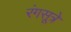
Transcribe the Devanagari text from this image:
रंगसूत्रे